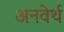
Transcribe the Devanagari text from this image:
अनवेर्थ